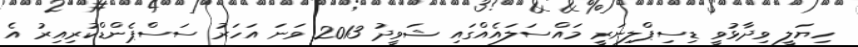
ހިޔަލީ ވިދާޅުވީ ޑިސިޕްލިނަރީ މައްސަލައެއްގައި ޝަވީދު 2013 ވަނަ އަހަރު ސަސްޕެންޑްކުރިއިރު އެ